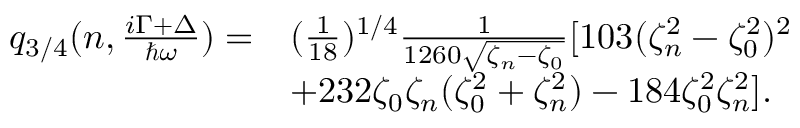
\begin{array} { r l } { q _ { 3 / 4 } ( n , \frac { i \Gamma + \Delta } { \hbar \omega } ) = } & { ( \frac { 1 } { 1 8 } ) ^ { 1 / 4 } \frac { 1 } { 1 2 6 0 \sqrt { \zeta _ { n } - \zeta _ { 0 } } } [ 1 0 3 ( \zeta _ { n } ^ { 2 } - \zeta _ { 0 } ^ { 2 } ) ^ { 2 } } \\ & { + 2 3 2 \zeta _ { 0 } \zeta _ { n } ( \zeta _ { 0 } ^ { 2 } + \zeta _ { n } ^ { 2 } ) - 1 8 4 \zeta _ { 0 } ^ { 2 } \zeta _ { n } ^ { 2 } ] . } \end{array}